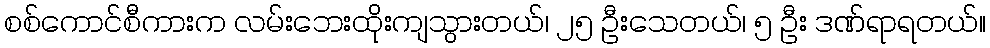
စစ်ကောင်စီကားက လမ်းဘေးထိုးကျသွားတယ်၊ ၂၅ ဦးသေတယ်၊ ၅ ဦး ဒဏ်ရာရတယ်။